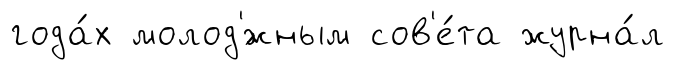
года́х молод'́жным сов'е́та журна́л